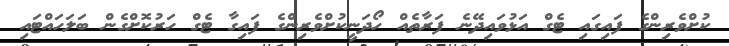
ކުށްވެރިންގެ ފައިގައި ޓެގް އަޅުވައިދޭނެ ފަރާތެއް ހޯދަނީކުށްވެރިންގެ ފައިގާ ޓެގް ހަރުކޮށްގެން ބަލަހައްޓައި